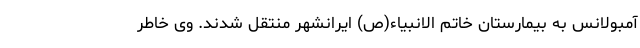
آمبولانس به بیمارستان خاتم الانبیاء(ص) ایرانشهر منتقل شدند. وی خاطر